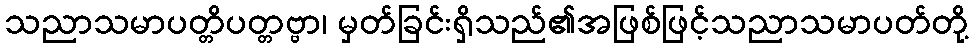
သညာသမာပတ္တိပတ္တဗ္ဗာ၊ မှတ်ခြင်းရှိသည်၏အဖြစ်ဖြင့်သညာသမာပတ်တို့